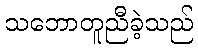
သဘောတူညီခဲ့သည်